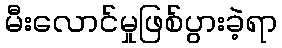
မီးလောင်မှုဖြစ်ပွားခဲ့ရာ